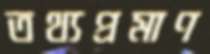
তথ্যপ্রমাণ